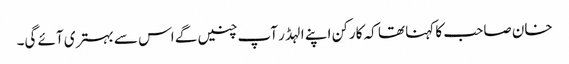
خان صاحب کا کہنا تھا کہ کارکن اپنے الہڈر آپ چنیں گے اس سے بہتری آئے گی۔